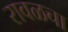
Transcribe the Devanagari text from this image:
रावळचा